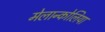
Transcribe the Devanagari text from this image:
मेलान्कोलिया